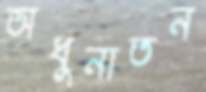
অধুনাতন